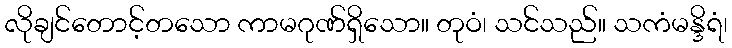
လိုချင်တောင့်တသော ကာမဂုဏ်ရှိသော။ တုဝံ၊ သင်သည်။ သကံမန္ဒိရံ၊